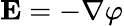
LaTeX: \mathbf{E}=-\nabla\varphi